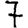
Digit: 7